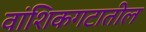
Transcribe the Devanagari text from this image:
वांशिकगटातील